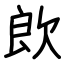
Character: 欴